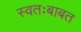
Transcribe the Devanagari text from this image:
स्वतःबाबत